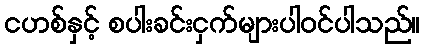
ငဟစ်နှင့် စပါးခင်းငှက်များပါဝင်ပါသည်။